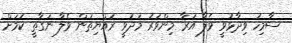
ސާމިހު ވިދާޅުވީ ވެލާ އަރާ މިންވަރު މަދުވީ ރައްޔިތުން ވެލާ ނަގާތީ ކަމަށް